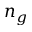
n _ { g }